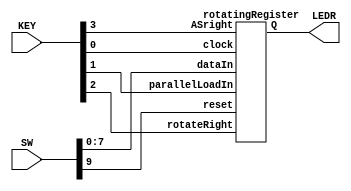
module part3(SW, KEY, LEDR);
	input [9:0] SW;
	input [3:0] KEY;
	output [7:0] LEDR;

	rotatingRegister r1(
		.clock(KEY[0]),
		.reset(SW[9]),
		.parallelLoadIn(KEY[1]),
		.rotateRight(KEY[2]),
		.ASright(KEY[3]),
		.dataIn(SW[7:0]),
		.Q(LEDR[7:0])
	);
	
endmodule

module rotatingRegister(input reset, clock, parallelLoadIn, rotateRight, ASright, input [7:0] dataIn, output [7:0] Q);
	wire [7:0] q;
	wire AS;
	mux2to1 AS_Shift(.s(ASright), .a(q[7]), .b(q[0]), .out(AS));

	singleBitRotatingRegister bit7(.clk(clock), .reset(reset), .loadIn(parallelLoadIn), .rotateRight(rotateRight), 
								   .dataIn(dataIn[7]), .Qleft(AS), .Qright(q[6]), .Q(q[7]));

	singleBitRotatingRegister bit6(.clk(clock), .reset(reset), .loadIn(parallelLoadIn), .rotateRight(rotateRight), 
								   .dataIn(dataIn[6]), .Qleft(q[7]), .Qright(q[5]), .Q(q[6]));

	singleBitRotatingRegister bit5(.clk(clock), .reset(reset), .loadIn(parallelLoadIn), .rotateRight(rotateRight), 
								   .dataIn(dataIn[5]), .Qleft(q[6]), .Qright(q[4]), .Q(q[5]));

	singleBitRotatingRegister bit4(.clk(clock), .reset(reset), .loadIn(parallelLoadIn), .rotateRight(rotateRight), 
								   .dataIn(dataIn[4]), .Qleft(q[5]), .Qright(q[3]), .Q(q[4]));

	singleBitRotatingRegister bit3(.clk(clock), .reset(reset), .loadIn(parallelLoadIn), .rotateRight(rotateRight), 
								   .dataIn(dataIn[3]), .Qleft(q[4]), .Qright(q[2]), .Q(q[3]));

	singleBitRotatingRegister bit2(.clk(clock), .reset(reset), .loadIn(parallelLoadIn), .rotateRight(rotateRight), 
								   .dataIn(dataIn[2]), .Qleft(q[3]), .Qright(q[1]), .Q(q[2]));

	singleBitRotatingRegister bit1(.clk(clock), .reset(reset), .loadIn(parallelLoadIn), .rotateRight(rotateRight), 
								   .dataIn(dataIn[1]), .Qleft(q[2]), .Qright(q[0]), .Q(q[1]));

	singleBitRotatingRegister bit0(.clk(clock), .reset(reset), .loadIn(parallelLoadIn), .rotateRight(rotateRight), 
								   .dataIn(dataIn[0]), .Qleft(q[1]), .Qright(q[7]), .Q(q[0]));

	assign Q = q;

endmodule

module singleBitRotatingRegister(input clk, reset, loadIn, rotateRight, dataIn, Qleft, Qright, output Q);
	wire w1, Win;

	mux2to1 rotate  (.s(rotateRight), .a(Qleft), .b(Qright), .out(w1));
	mux2to1 load    (.s(loadIn), .a(w1), .b(dataIn), .out(Win));

	D_ff flipflop(.D(Win), .reset(reset), .clk(clk), .Q(Q));
endmodule


module D_ff (input D, reset, clk, output reg Q);	
	always @(posedge clk)
	begin 
		if (reset == 1'b1)
			Q <= 0;
		else
			Q <= D;
	end	
endmodule

module mux2to1(input s, a, b, output out);
	assign out = s?b:a;
endmodule